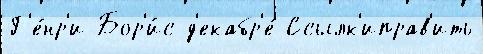
Г'е́нр'и Бор'и́с д'екабр'е́ Ссылк'иправ'ить